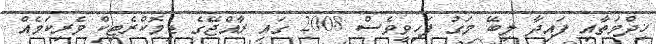
ޚިދްމަތާއި ފައިދާ ލިބޭ މަގު ފަހިވީވެސް 2008 ގައި ރާއްޖޭގެ ޑިމޮކްރެޓިކް ވެރިކަމެއް